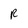
Character: R